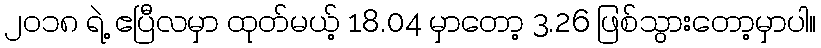
၂၀၁၈ ရဲ့ ဧပြီလမှာ ထုတ်မယ့် 18.04 မှာတော့ 3.26 ဖြစ်သွားတော့မှာပါ။